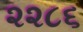
૨૨૮૬